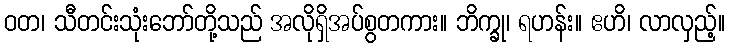
ဝတ၊ သီတင်းသုံးဘော်တို့သည် အလိုရှိအပ်စွတကား။ ဘိက္ခု၊ ရဟန်း။ ဧဟိ၊ လာလှည့်။